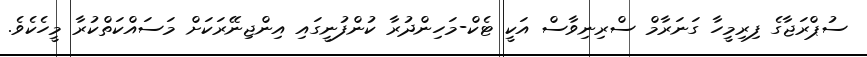
ސުޕްރަޖާގެ ފިރިމީހާ ގަނަރާމް ސްރިނިވާސް އަކީ ޓެކް-މަހިންދުރާ ކުންފުނީގައި އިންޖިނޭރަކަށް މަސައްކަތްކުރާ މީހެކެވެ.